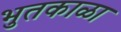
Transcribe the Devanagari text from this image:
भुतकाळा